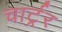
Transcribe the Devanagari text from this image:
चार्ट्रर